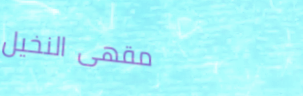
مقهى النخيل